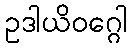
ဥဒါယိဝဂ္ဂေါ